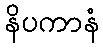
နိပကာနံ